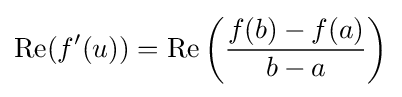
\operatorname {Re} (f'(u))=\operatorname {Re} \left({\frac {f(b)-f(a)}{b-a}}\right)